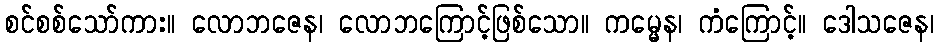
စင်စစ်သော်ကား။ လောဘဇေန၊ လောဘကြောင့်ဖြစ်သော။ ကမ္မေန၊ ကံကြောင့်။ ဒေါသဇေန၊